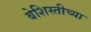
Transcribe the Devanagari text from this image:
बेशिस्तीच्या